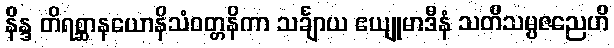
နိန္ဒ တိရစ္ဆာနယောနိသံဝတ္တနိကာ သင်္ချာယ ဧယျုမာဒီနံ သတိသမ္ပဇညေဟိ